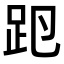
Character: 𧿏